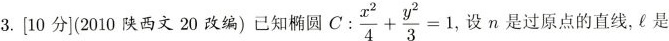
3.[10分1200西文20改编)已知桶圆$$C : \frac { x ^ { 2 } } { 4 } + \frac { y ^ { 2 } } { 3 } = 1$$,设n是过原点的直线，是